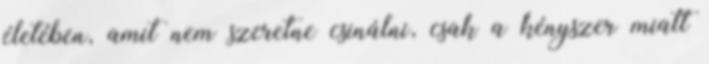
életében, amit nem szeretne csinálni, csak a kényszer miatt